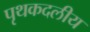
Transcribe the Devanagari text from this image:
पृथकदलीय